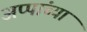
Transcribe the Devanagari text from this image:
अप्पांच्या